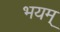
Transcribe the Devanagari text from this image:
भयम्